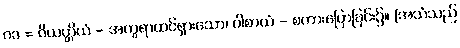
ဂဒ = ဝိယတ္တိယံ - အက္ခရာထင်ရှားသော၊ ဝါစာယံ - စကားပြောခြင်း၌။ [အသံသည်